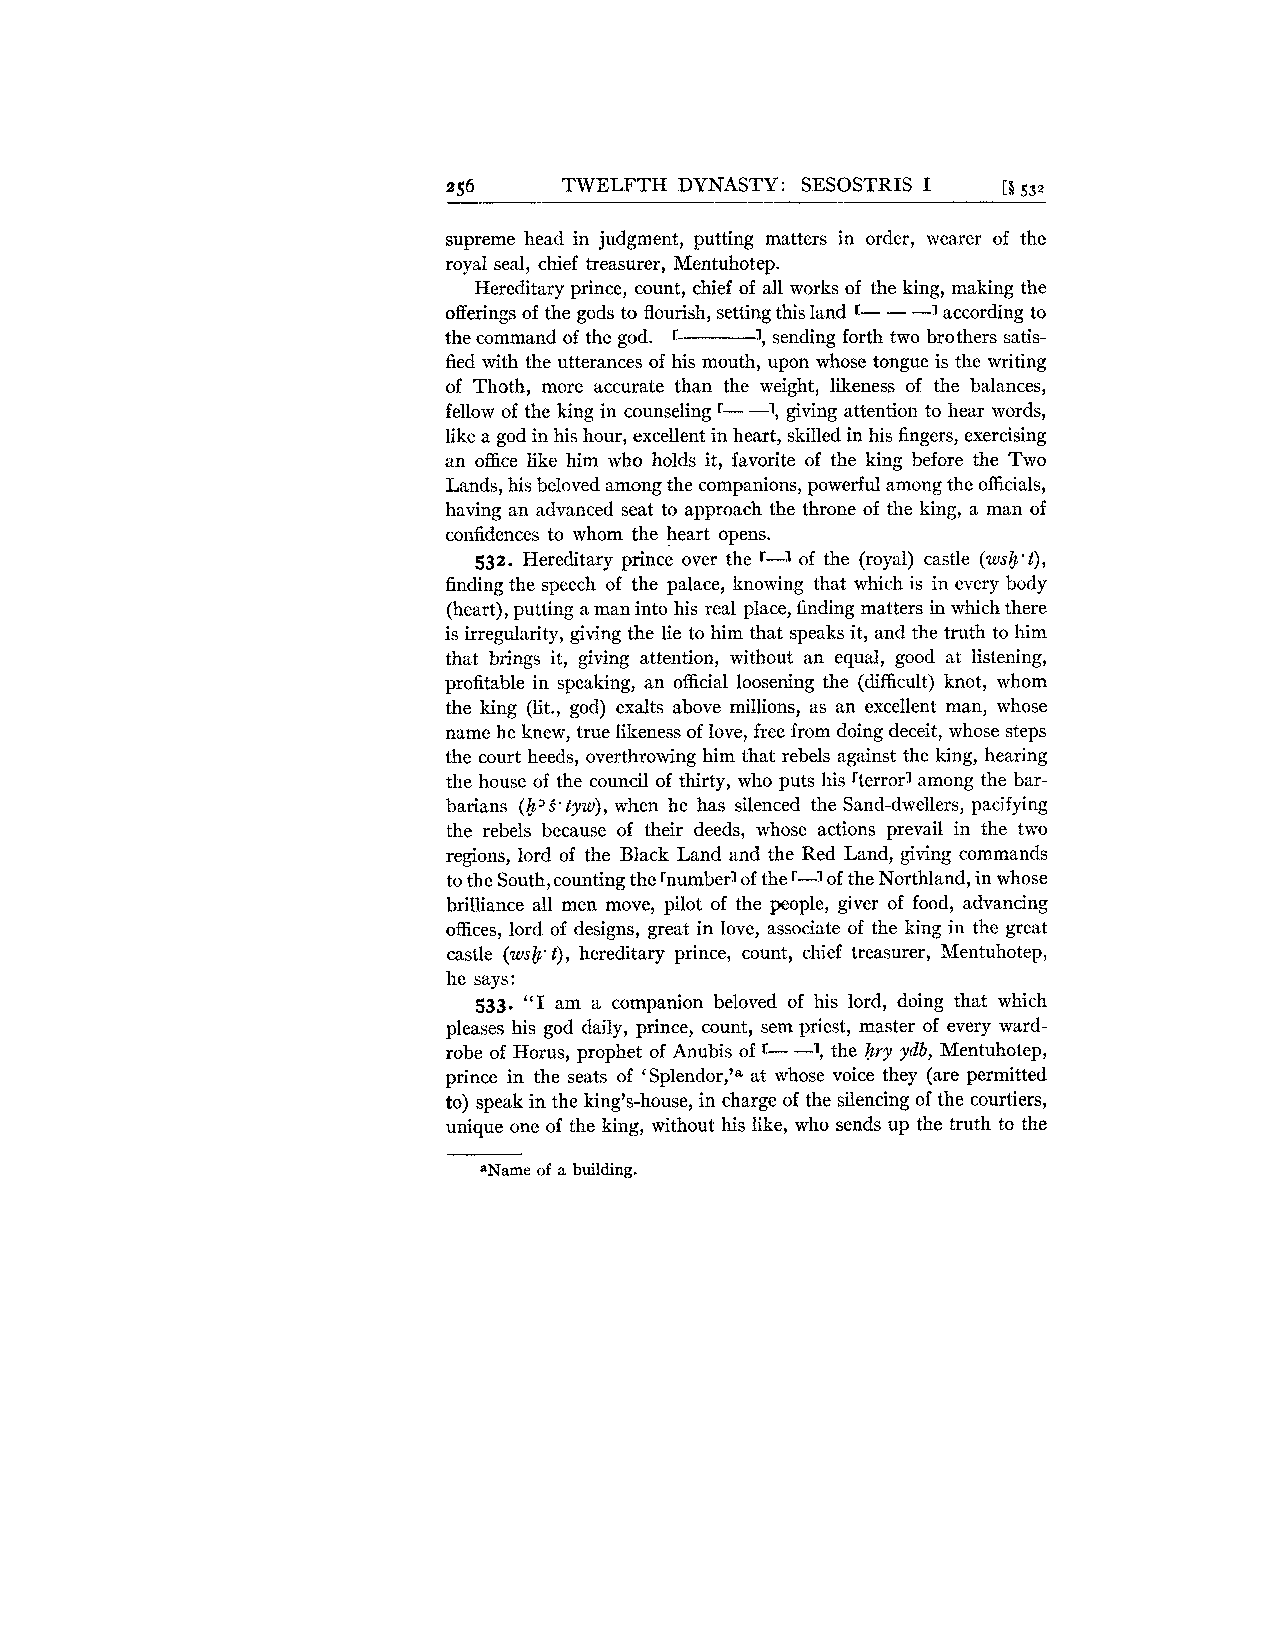
256    TWELFTH DYNASTY: SESOSTRIS I [Q5 .32
 supreme head in judgment, putting matters in order, wearer of the
 royal seal, chief treasurer, Mentuhotep.
 Hereditary prince, count, chief of all works of the king, making the
 offerings of the gods to flourish, setting this land r- - -1 according to
 the command of the god. r 1, sending forth two brothers satis-
 fied with the utterances of his mouth, upon whose tongue is the writing
 of Thoth, more accurate than the weight, likeness of the balances,
 fellow of the king in counseling r- -1, giving attention to hear words,
 like a god in his hour, excellent in heart, skilled in his fingers, exercising
 an office like him who holds it, favorite of the king before the Two
 Lands, his beloved among the companions, powerful among the officials,
 having an advanced seat to approach the throne of the king, a man of
 confidences to whom the heart opens.
 532. Hereditary prince over the r-J of the (royal) castle (wsk't),
 finding the speech of the palace, knowing that which is in every body
 (heart), putting a man into his real place, finding matters in which there
 is irregularity, giving the lie to him that speaks it, and the truth to him
 that brings it, giving attention, without an equal, good at listening,
 profitable in speaking, an official loosening the (difficult) knot, whom
 the king (lit., god) exalts above millions, as an excellent man, whose
 name he knew, true likeness of love, free from doing deceit, whose steps
 the court heeds, overthrowing him that rebels against the king, hearing
 the house of the council of thirty, who puts his rterrorl among the bar-
 barians (b'S.tyw), when he has silenced the Sand-dwellers, pacifying
 the rebels because of their deeds, whose actions prevail in the two
 regions, lord of the Black Land and the Red Land, giving commands
 to the South,counting the rnumberl of the r--1 of the Northland, in whose
 brilliance all men move, pilot of the people, giver of food, advancing
 offices, lord of designs, great in love, associate of the king in the great
 castle (wsj).t), hereditary prince, count, chief treasurer, Mentuhotep,
 he says:
 533. "I am a companion beloved of his lord, doing that which
 pleases his god daily, prince, count, sem priest, master of every ward-
 robe of Horus, prophet of Anubis of r- --], the hry ydb, Mentuhotep,
 prince in the seats of 'Splendor,'a at whose voice they (are permitted
 to) speak in the king's-house, in charge of the silencing of the courtiers,
 unique one of the king, without his like, who sends up the truth to the
 aName of a building.